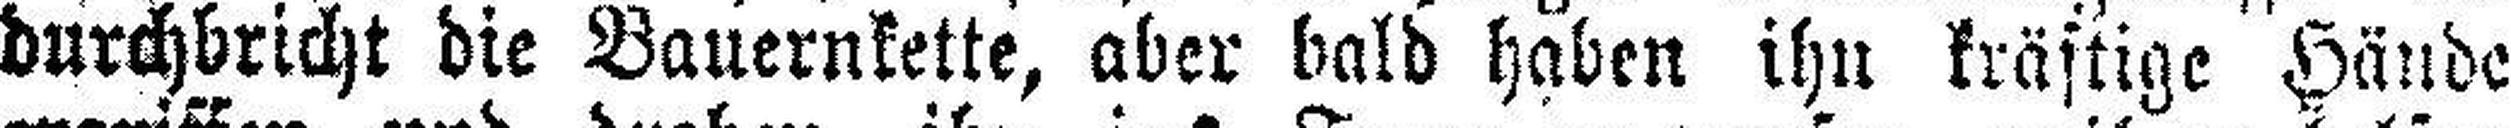
durchbricht die Bauernkette, aber bald haben ihn kräftige Hände